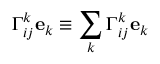
\Gamma _ { i j } ^ { k } \mathbf { e } _ { k } \equiv \sum _ { k } \Gamma _ { i j } ^ { k } \mathbf { e } _ { k }